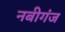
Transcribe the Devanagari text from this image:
नबीगंज